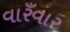
વારઁવાર